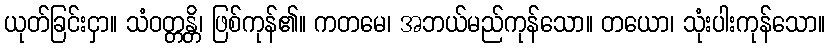
ယုတ်ခြင်းငှာ။ သံဝတ္တန္တိ၊ ဖြစ်ကုန်၏။ ကတမေ၊ အဘယ်မည်ကုန်သော။ တယော၊ သုံးပါးကုန်သော။